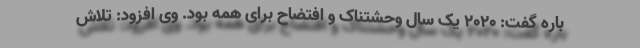
باره گفت: 2020 یک سال وحشتناک و افتضاح برای همه بود. وی افزود: تلاش